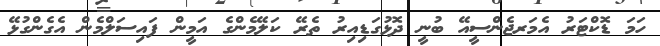
ހަމަ ޑޮކްޓަރު އެމަރޖެންސީއޭ ބުނީ ދޮޅުގަޑިއިރު ތެރޭ ކަލޭމެންގެ އަމީން ފައިސަލްމެން އެގެންގުޅޭ